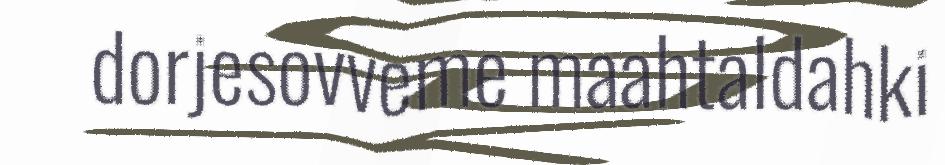
dorjesovveme maahtaldahki